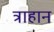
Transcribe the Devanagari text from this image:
त्राहान